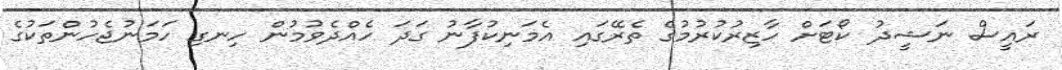
ރައީސް ނަޝީދު ކޯޓަށް ހާޒިރުކުރުމުގެ ތެރޭގައި އެމަނިކުފާނު ގަދަ ހެއްދެވުމުން ހިނގި ހަމަނުޖެހުންތަކުގެ